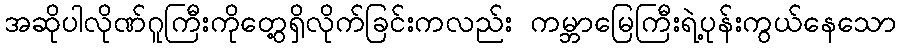
အဆိုပါလိုဏ်ဂူကြီးကိုတွေ့ရှိလိုက်ခြင်းကလည်း ကမ္ဘာမြေကြီးရဲ့ပုန်းကွယ်နေသော